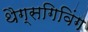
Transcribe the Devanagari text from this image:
थैग्सगिविंग